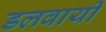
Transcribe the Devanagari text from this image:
डलवायी